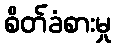
စိတ်ခံစားမှု